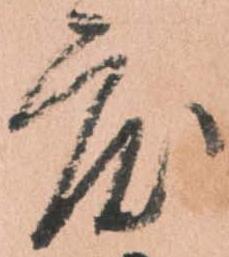
度